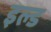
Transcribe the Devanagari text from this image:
इल्ड